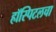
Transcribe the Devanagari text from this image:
हॉस्पिटलचा